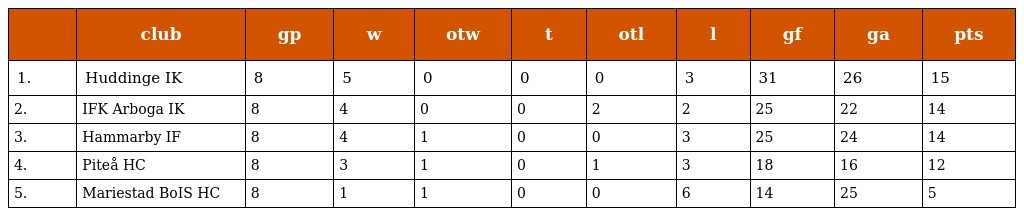
|  | club | gp | w | otw | t | otl | l | gf | ga | pts |
 | --- | --- | --- | --- | --- | --- | --- | --- | --- | --- | --- |
 | 1. | Huddinge IK | 8 | 5 | 0 | 0 | 0 | 3 | 31 | 26 | 15 |
 | 2. | IFK Arboga IK | 8 | 4 | 0 | 0 | 2 | 2 | 25 | 22 | 14 |
 | 3. | Hammarby IF | 8 | 4 | 1 | 0 | 0 | 3 | 25 | 24 | 14 |
 | 4. | Piteå HC | 8 | 3 | 1 | 0 | 1 | 3 | 18 | 16 | 12 |
 | 5. | Mariestad BoIS HC | 8 | 1 | 1 | 0 | 0 | 6 | 14 | 25 | 5 |